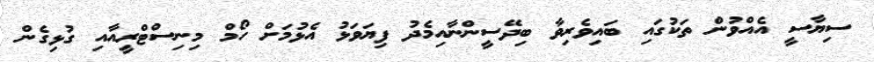
ސިޔާސީ އެއްވުން ތަކުގައި ބައިވެރިވާ ބިދޭސީންނާއިމެދު ފިޔަވަޅު އެޅުމަށް ހޯމް މިނިސްޓްރީއާއި ގުޅިގެން